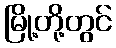
မြို့တို့တွင်